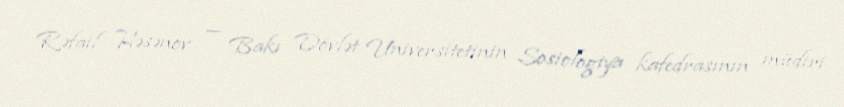
Rəfail Həsənov — Bakı Dövlət Universitetinin Sosiologiya kafedrasının müdiri